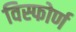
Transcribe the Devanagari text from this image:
विस्फोर्ण